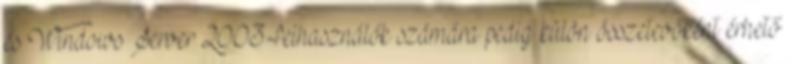
és Windows Server 2003-felhasználók számára pedig külön összetevőként érhető